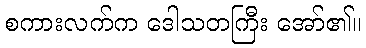
စကားလက်က ဒေါသတကြီး အော်၏။